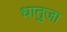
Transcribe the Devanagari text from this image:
धातुजा